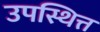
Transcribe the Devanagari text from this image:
उपस्थित्त